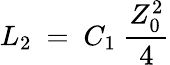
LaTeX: L_{2}~=~C_{1}~{\frac{Z_{0}^{2}}{4}}